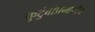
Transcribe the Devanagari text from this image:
कुटुंबांप्रमाणेच